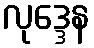
လုဒ္ဒေန